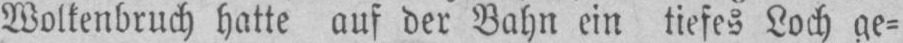
Wolkenbruch hatte auf der Bahn ein tiefes Loch ge⸗